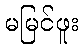
မမြင်ဖူး